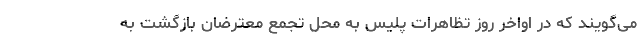
می‌گویند که در اواخر روز تظاهرات پلیس به محل تجمع معترضان بازگشت به